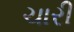
ચારી